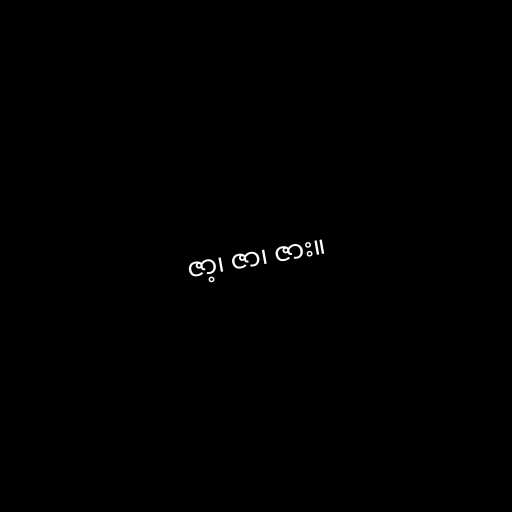
ဇာ့၊ ဇာ၊ ဇား။